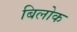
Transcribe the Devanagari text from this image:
बिलोक